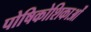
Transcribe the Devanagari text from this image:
पोषिकोशिकाओं